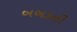
બબડતી